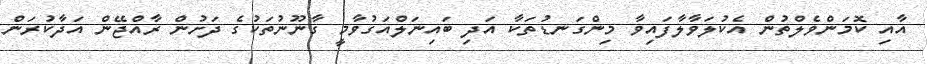
އާއި ކޮމަންވެލްތުން އެކުލަވާލާފައިވާ މިންގަނޑުތަކާ އަދި ބައިނަލްއަގުވާމީ ގާނޫނުތަކުގެ ދަށުން ރާއްޖޭން އަަދާކުރަން